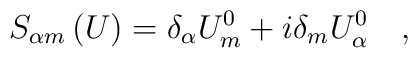
S_{\alpha m}\left( U\right) =\delta _\alpha U_m^0+i\delta_mU_\alpha ^0\quad ,